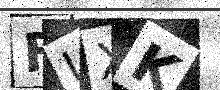
Text: FIXK